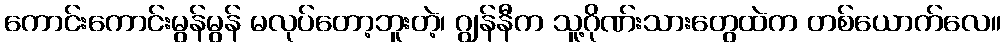
ကောင်းကောင်းမွန်မွန် မလုပ်တော့ဘူးတဲ့၊ ဂျွန်နီက သူ့ဂိုဏ်းသားတွေထဲက တစ်ယောက်လေ။